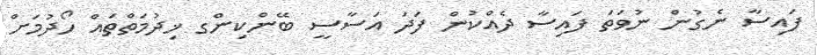
ފައިސާ ނެގުން ނުވަތަ ފައިސާ ދެއްކުން ފަދަ އަސާސީ ބޭންކިންގ ޚިދުމަތްތައް ހޯދުމަށް